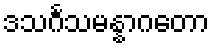
ဒသင်္ဂသမန္နာဂတော